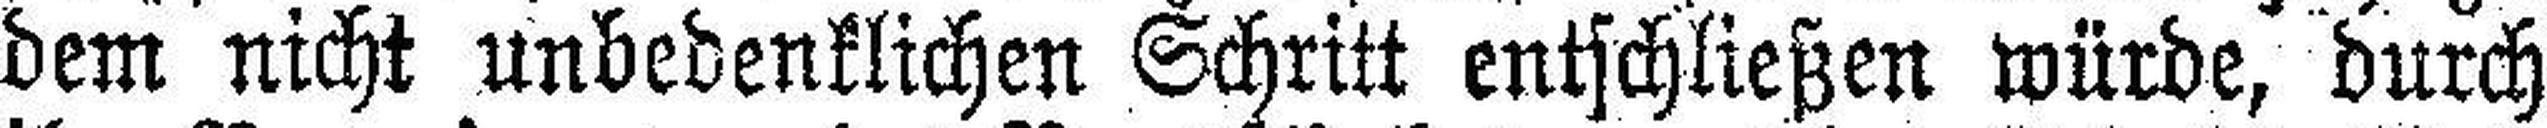
dem nicht unbedenklichen Schritt entschließen würde, durch